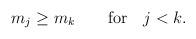
LaTeX: \begin{align*}m_j \geq m_k \qquad \mbox{for} \quad j<k.\end{align*}